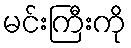
မင်းကြီးကို